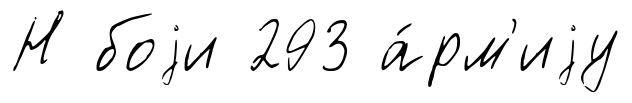
Н боjи 293 а́рм'иjу